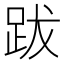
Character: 跋